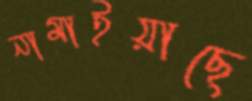
নামাইয়াছে